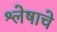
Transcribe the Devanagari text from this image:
श्लेषाचे